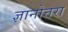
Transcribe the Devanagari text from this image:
ज्ञानोत्तरा